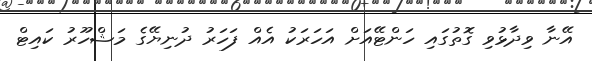
އޭނާ ވިދާޅުވި ގޮތުގައި ހަންޓޭއަށް އަހަރަކު އެއް ފަހަރު ދުނިޔޭގެ މަޝްހޫރު ކައިޓް